Indian journal of veterinary science and animal husbandry - Volume 10,
Year: 1940
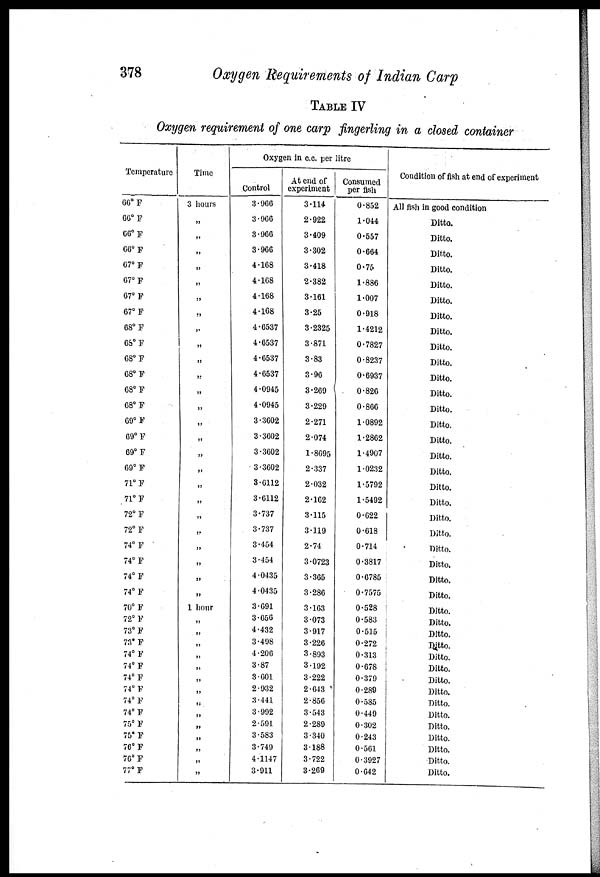
378
Oxygen Requirements of Indian Carp
TABLE IV
Oxygen requirement of one carp fingerling in a closed container
Temperature
66°F
66°F
66°F
66°F
67° F
67° F
67°F
67° F
68° F
68°F
68° F
68°F
68° F
68° F
69° F
69° F
69° F
69° F
71° F
71° F
72° F
72° F
74° F
74° F
74° F
74° F
70° F
72° F
73° F
73° F
74° F
74° F
74° F
74° F
74° F
74° F
75° F
75° F
76° F
76° F
77° F
Time
3 hours
„
„
„
„
„
„
„
„
„
„
„
„
„
„
„
„
„
„
„
„
„
„
„
„
„
1 hour
„
„
„
„
„
„
„
„
„
„
„
„
„
„
Oxygen in c.c. per litre
Control
3.966
3.966
3.966
3.966
4.168
4.168
4.168
4.168
4.6537
4.6537
4.6537
4.6537
4.0945
4.0945
3.3602
3.3602
3.3602
3.3602
3.6112
3.6112
3.737
3.737
3.454
3.454
4.0435
4.0435
3.691
3.656
4.432
3.498
4.206
3.87
3.601
2.932
3.441
3.992
2.591
3.583
3.749
4.1147
3.911
At end of
experiment
3.114
2.922
3.409
3.302
3.418
2.382
3.161
3.25
3.2325
3.871
3.83
3.96
3.269
3.229
2.271
2.074
1.8695
2.337
2.032
2.162
3.115
3.119
2.74
3.0723
3.365
3.286
3.163
3.073
3.917
3.226
3.893
3.192
3.222
2.643
2.856
3.543
2.289
3.340
3.188
3.722
3.269
Consumed
per fish
0.852
1.044
0.557
0.664
0.75
1.886
1.007
0.918
1.4212
0.7827
0.8237
0.6937
0.826
0.866
1.0892
1.2862
1.4907
1.0232
1.5792
1.5492
0.622
0.618
0.714
0.3817
0.6785
0.7575
0.528
0.583
0.515
0.272
0.313
0.678
0.379
0.289
0.585
0.449
0.302
0.243
0.561
0.3927
0.642
Condition of fish at end of experiment
All fish in good condition
Ditto.
Ditto.
Ditto.
Ditto.
Ditto.
Ditto.
Ditto.
Ditto.
Ditto.
Ditto.
Ditto.
Ditto.
Ditto.
Ditto.
Ditto.
Ditto.
Ditto.
Ditto.
Ditto.
Ditto.
Ditto.
Ditto.
Ditto.
Ditto.
Ditto.
Ditto.
Ditto.
Ditto.
Ditto.
Ditto.
Ditto.
Ditto.
Ditto.
Ditto.
Ditto.
Ditto.
Ditto.
Ditto.
Ditto.
Ditto.